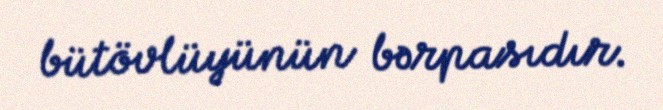
bütövlüyünün bərpasıdır.